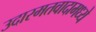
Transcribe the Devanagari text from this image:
उदारमतवादामध्ये